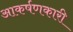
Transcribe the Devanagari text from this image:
आकर्षणकारी